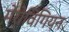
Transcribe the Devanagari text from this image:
मेरोविंगियन